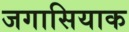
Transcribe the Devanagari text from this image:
जगासियाक